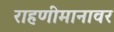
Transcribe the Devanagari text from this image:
राहणीमानावर